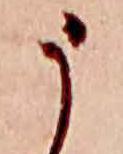
う